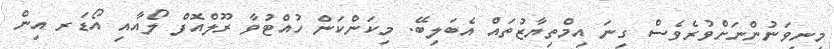
މިނިވަނުންނަށްވުރެވެސް ގިނަ އިމްތިޔާޒުތައް އެބަލިބޭ. މިކަންކަން ހުއްޓުވާ ރޫލްއޮފް ލޯއާއި އޯޑަރ އިން